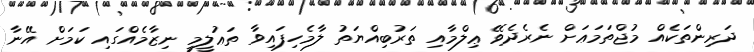
ދަރިންތަކެއް މުޖްތަމަޢަށް ނެރެދެވޭ ޢިލްމާއި ތަރުބިއްޔަތު ލާމެހިފައިވާ ތަޢުލީމީ ނިޒާމެއްގައި ކަމަށް އޭނާ